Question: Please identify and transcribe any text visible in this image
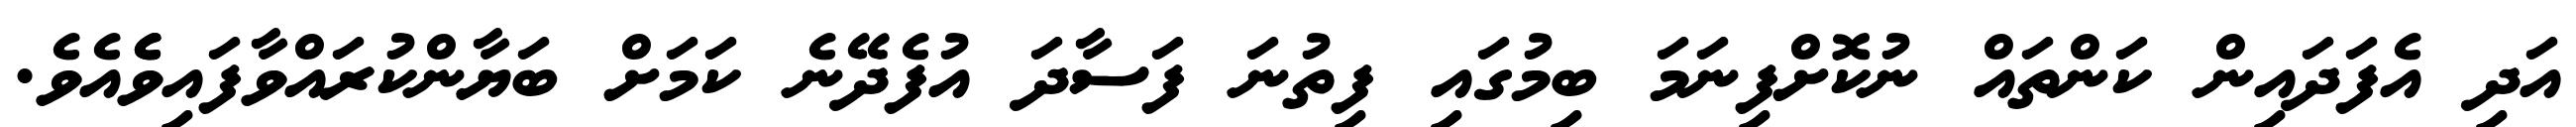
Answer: އަދި އެފަދައިން ކަންތައް ނުކޮށްފިނަމަ ބިމުގައި ފިތުނަ ފަސާދަ އުފެދޭނެ ކަމަށް ބަޔާންކުރައްވާފައިވެެއެވެ.